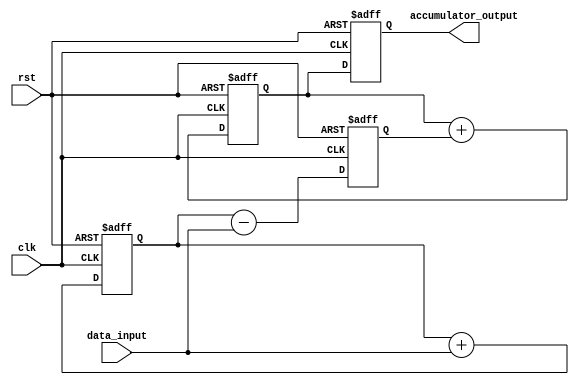
module Pipeline_Accumulator (
    input wire clk,
    input wire rst,
    input wire [31:0] data_input,
    output reg [31:0] accumulator_output
);

reg [31:0] stage1_output;
reg [31:0] stage2_output;
reg [31:0] stage3_output;

// Stage 1: Addition
always @ (posedge clk or posedge rst) begin
    if (rst) begin
        stage1_output <= 0;
    end else begin
        stage1_output <= stage1_output + data_input;
    end
end

// Stage 2: Subtraction
always @ (posedge clk or posedge rst) begin
    if (rst) begin
        stage2_output <= 0;
    end else begin
        stage2_output <= stage1_output - data_input;
    end
end

// Stage 3: Accumulation
always @ (posedge clk or posedge rst) begin
    if (rst) begin
        stage3_output <= 0;
    end else begin
        stage3_output <= stage3_output + stage2_output;
    end
end

// Output
always @ (posedge clk or posedge rst) begin
    if (rst) begin
        accumulator_output <= 0;
    end else begin
        accumulator_output <= stage3_output;
    end
end

endmodule